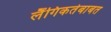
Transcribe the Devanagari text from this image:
लैंगिकतेबाबत